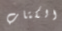
الكتاب